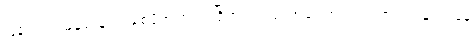
ဖြန့်ကျက်မြန်ဆန်လာစေဖို့အတွက် ဂြိုဟ်တုငယ် အရေအတွက် ရာဂဏန်းကနေ